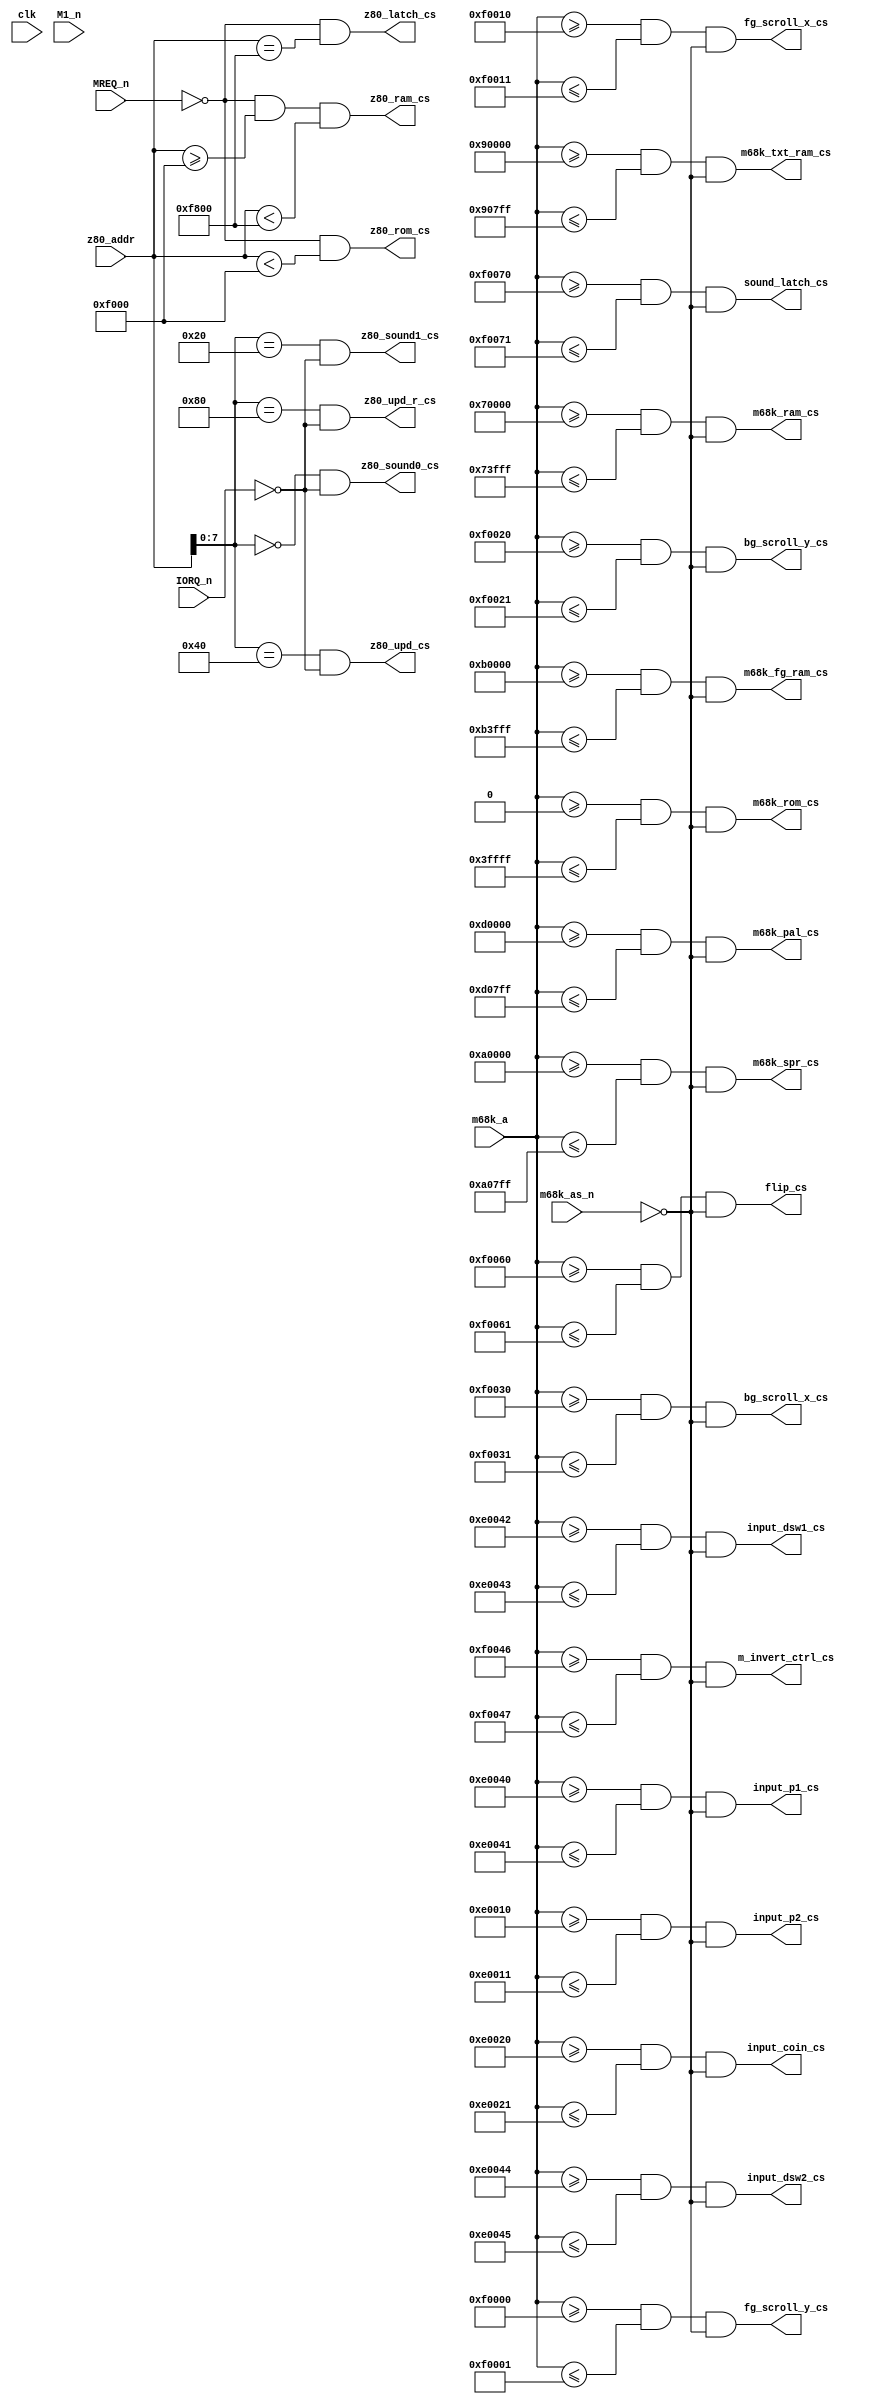
//

module chip_select
(
    input        clk,

    input [23:0] m68k_a,
    input        m68k_as_n,

    input [15:0] z80_addr,
    input        MREQ_n,
    input        IORQ_n,
    input        M1_n,

    // M68K selects
    output reg m68k_rom_cs,
    output reg m68k_ram_cs,
    output reg m68k_txt_ram_cs,
    output reg m68k_spr_cs,
    output reg m68k_pal_cs,
    output reg m68k_fg_ram_cs,
    output reg input_p1_cs,
    output reg input_p2_cs,
    output reg input_dsw1_cs,
    output reg input_dsw2_cs,
    output reg input_coin_cs,
    output reg bg_scroll_x_cs,
    output reg bg_scroll_y_cs,
    output reg fg_scroll_x_cs,
    output reg fg_scroll_y_cs,
    output reg flip_cs,
    output reg m_invert_ctrl_cs,
    output reg sound_latch_cs,

    // Z80 selects
    output reg   z80_rom_cs,
    output reg   z80_ram_cs,
    output reg   z80_latch_cs,

    output reg   z80_sound0_cs,
    output reg   z80_sound1_cs,
    output reg   z80_upd_cs,
    output reg   z80_upd_r_cs
);


function m68k_cs;
        input [23:0] start_address;
        input [23:0] end_address;
begin
    m68k_cs = ( m68k_a[23:0] >= start_address && m68k_a[23:0] <= end_address) & !m68k_as_n;
end
endfunction

function z80_mem_cs;
        input [15:0] base_address;
        input  [7:0] width;
begin
    z80_mem_cs = ( z80_addr >> width == base_address >> width ) & !MREQ_n;
end
endfunction

function z80_io_cs;
        input [7:0] address_lo;
begin
    z80_io_cs = ( z80_addr[7:0] == address_lo ) && !IORQ_n;
end
endfunction

always @ (*) begin
    m68k_rom_cs      <= m68k_cs( 24'h000000, 24'h03ffff );
    m68k_ram_cs      <= m68k_cs( 24'h070000, 24'h073fff );
    m68k_txt_ram_cs  <= m68k_cs( 24'h090000, 24'h0907ff );
    m68k_spr_cs      <= m68k_cs( 24'h0a0000, 24'h0a07ff );
    m68k_fg_ram_cs   <= m68k_cs( 24'h0b0000, 24'h0b3fff );
    m68k_pal_cs      <= m68k_cs( 24'h0d0000, 24'h0d07ff );

    input_p2_cs      <= m68k_cs( 24'h0e0010, 24'h0e0011 );
    input_coin_cs    <= m68k_cs( 24'h0e0020, 24'h0e0021 );
    input_p1_cs      <= m68k_cs( 24'h0e0040, 24'h0e0041 );
    input_dsw1_cs    <= m68k_cs( 24'h0e0042, 24'h0e0043 );
    input_dsw2_cs    <= m68k_cs( 24'h0e0044, 24'h0e0045 );

    fg_scroll_y_cs   <= m68k_cs( 24'h0f0000, 24'h0f0001 );
    fg_scroll_x_cs   <= m68k_cs( 24'h0f0010, 24'h0f0011 );
    bg_scroll_y_cs   <= m68k_cs( 24'h0f0020, 24'h0f0021 );
    bg_scroll_x_cs   <= m68k_cs( 24'h0f0030, 24'h0f0031 );

    m_invert_ctrl_cs <= m68k_cs( 24'h0f0046, 24'h0f0047 );
    flip_cs          <= m68k_cs( 24'h0f0060, 24'h0f0061 );

    sound_latch_cs   <= m68k_cs( 24'h0f0070, 24'h0f0071 );

    z80_rom_cs       <= ( MREQ_n == 0 && z80_addr[15:0] < 16'hf000 );
    z80_ram_cs       <= ( MREQ_n == 0 && z80_addr[15:0] >= 16'hf000 && z80_addr[15:0] < 16'hf800 );
    z80_latch_cs     <= ( MREQ_n == 0 && z80_addr[15:0] == 16'hf800 );

    z80_sound0_cs    <= z80_io_cs(8'h00); // ym3812 address
    z80_sound1_cs    <= z80_io_cs(8'h20); // ym3812 data
    z80_upd_cs       <= z80_io_cs(8'h40); // 7759 write
    z80_upd_r_cs     <= z80_io_cs(8'h80); // 7759 reset
end

endmodule